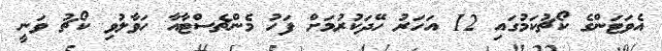
އެވަޓަންގެ ކޯޗުކަމުގައި 12 އަހަރު ހޭދަކުރުމަށް ފަހު މެންޗެސްޓާއާ ހަވާލުވި ކޯޗު ވަނީ